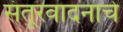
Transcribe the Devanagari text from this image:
संतूरवादनाचे